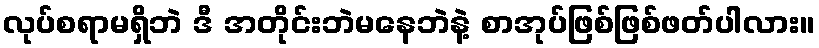
လုပ်စရာမရှိဘဲ ဒီ အတိုင်းဘဲမနေဘဲနဲ့ စာအုပ်ဖြစ်ဖြစ်ဖတ်ပါလား။